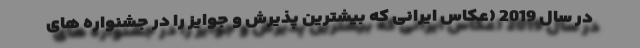
در سال 2019 (عکاس ایرانی که بیشترین پذیرش و جوایز را در جشنواره های